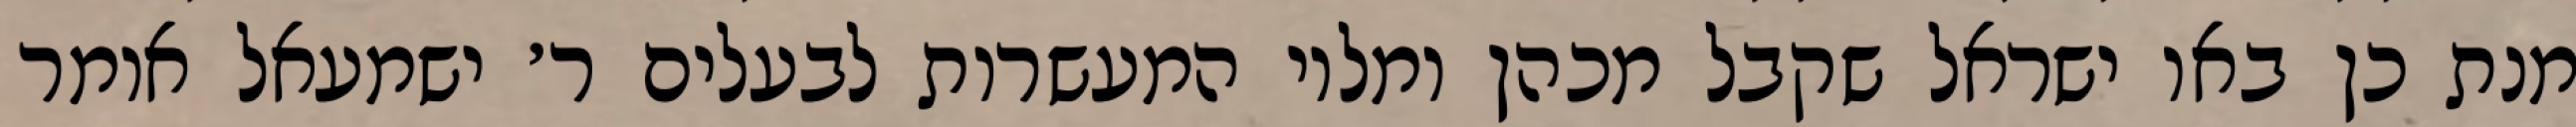
מנת כן באו ישראל שקבל מכהן ומלוי המעשרות לבעלים ר׳ ישמעאל אומר